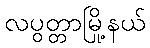
လပွတ္တာမြို့နယ်